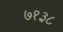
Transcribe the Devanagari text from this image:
७१३८